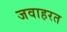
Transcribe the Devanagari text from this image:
जवाहरत